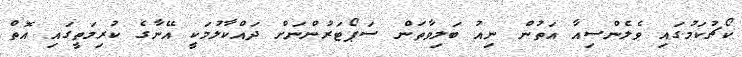
ކޯޗުކަމުގައި ވެލެންސިއާ އަތުން ނިއު ބަލިވާތަން ސަޕޯޓަރުންނަށް ދައްކާލުމަކީ އޭނާގެ ކުރިމަތީގައި އޮތް